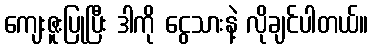
ကျေးဇူးပြုပြီး ဒါကို ငွေသားနဲ့ လိုချင်ပါတယ်။